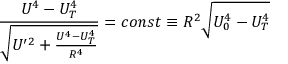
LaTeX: \frac { U ^ { 4 } - U _ { T } ^ { 4 } } { \sqrt { U ^ { \prime 2 } + \frac { U ^ { 4 } - U _ { T } ^ { 4 } } { R ^ { 4 } } } } = c o n s t \equiv R ^ { 2 } \sqrt { U _ { 0 } ^ { 4 } - U _ { T } ^ { 4 } }